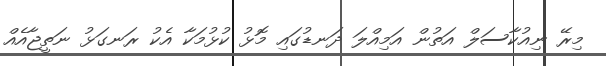
މިރޭ ނިއުކާސަލް އަތުން އަމިއްލަ ދަނޑުގައި މޮޅު ކުޅުމަކާ އެކު ރަނގަޅު ނަތީޖާއެއް